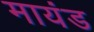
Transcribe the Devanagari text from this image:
मायंड